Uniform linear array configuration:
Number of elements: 4
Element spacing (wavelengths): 0.25
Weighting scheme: hann
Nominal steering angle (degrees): -15
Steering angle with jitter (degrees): -15.392
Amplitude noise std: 0.05
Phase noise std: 0.05

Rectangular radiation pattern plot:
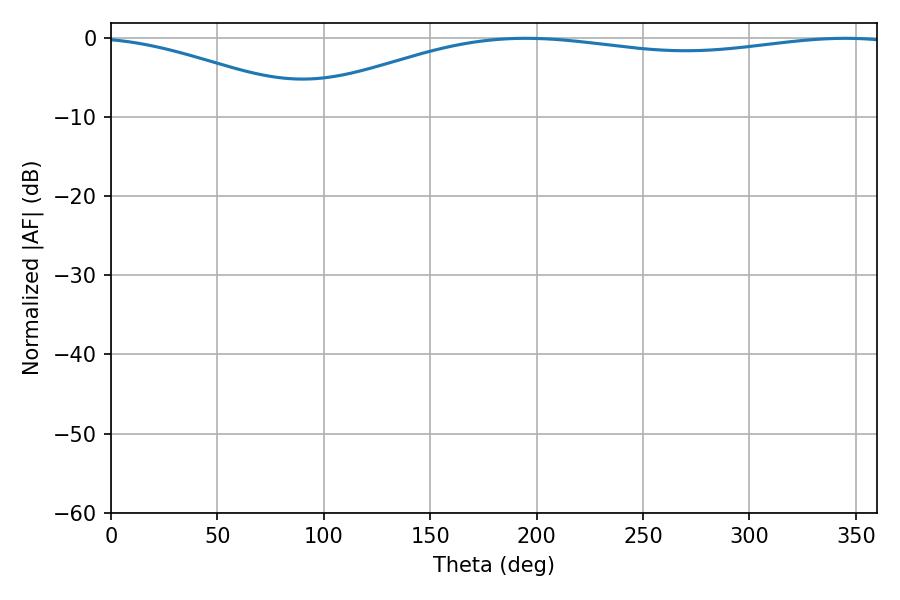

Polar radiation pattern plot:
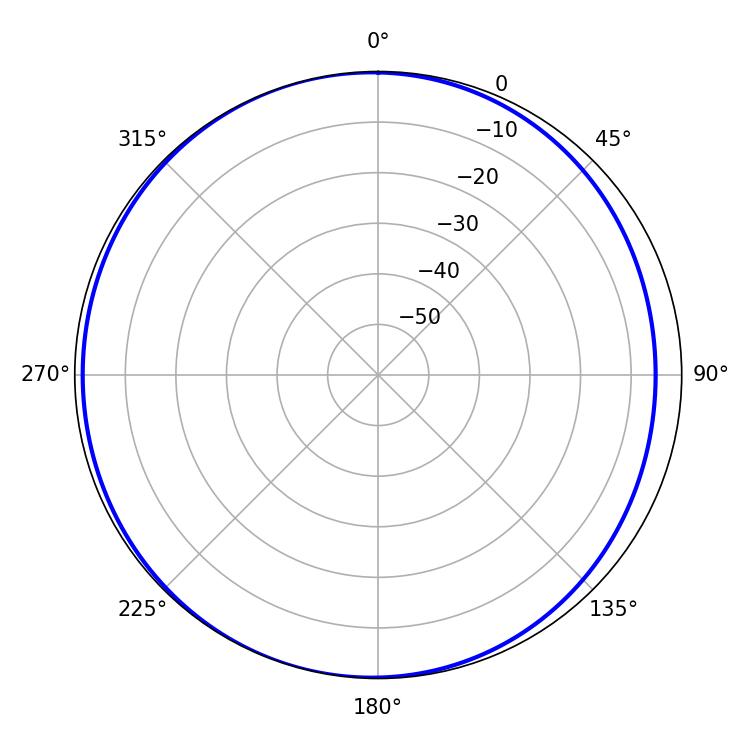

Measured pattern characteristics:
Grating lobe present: FALSE
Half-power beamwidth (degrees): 228.06
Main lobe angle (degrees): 194.94